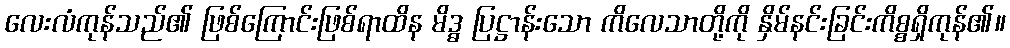
လေးလံကုန်သည်၏ ဖြစ်ကြောင်းဖြစ်ရာထိန မိဒ္ဓ ပြဋ္ဌာန်းသော ကိလေသာတို့ကို နှိမ်နင်းခြင်းကိစ္စရှိကုန်၏။